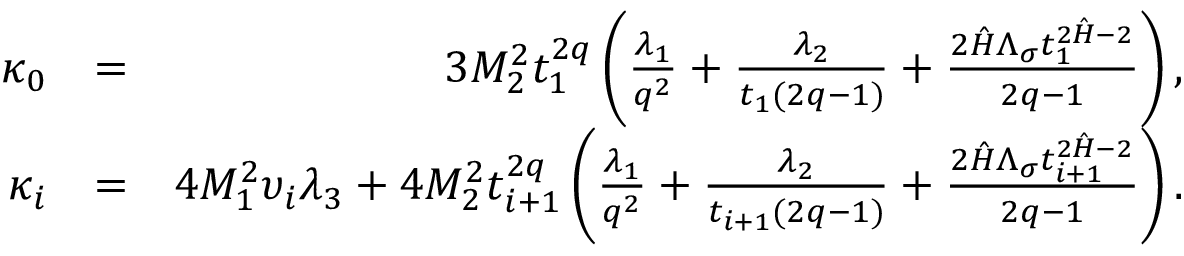
\begin{array} { r l r } { \kappa _ { 0 } } & { = } & { 3 { \cal M } _ { 2 } ^ { 2 } { t } _ { 1 } ^ { 2 q } \left( \frac { \lambda _ { 1 } } { q ^ { 2 } } + \frac { \lambda _ { 2 } } { t _ { 1 } ( 2 q - 1 ) } + \frac { 2 \hat { \cal H } \Lambda _ { \sigma } t _ { 1 } ^ { 2 \hat { \cal H } - 2 } } { 2 q - 1 } \right) , } \\ { \kappa _ { i } } & { = } & { 4 { \cal M } _ { 1 } ^ { 2 } \upsilon _ { i } \lambda _ { 3 } + 4 { \cal M } _ { 2 } ^ { 2 } { t } _ { i + 1 } ^ { 2 q } \left( \frac { \lambda _ { 1 } } { q ^ { 2 } } + \frac { \lambda _ { 2 } } { t _ { i + 1 } ( 2 q - 1 ) } + \frac { 2 \hat { \cal H } \Lambda _ { \sigma } t _ { i + 1 } ^ { 2 \hat { \cal H } - 2 } } { 2 q - 1 } \right) . } \end{array}